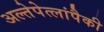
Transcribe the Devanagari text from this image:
अल्तेपेत्लांपैकी